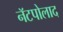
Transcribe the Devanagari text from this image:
नॅटपोलाद